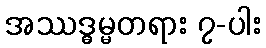
အဿဒ္ဓမ္မတရား ၇-ပါး